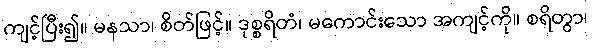
ကျင့်ပြီး၍။ မနသာ၊ စိတ်ဖြင့်။ ဒုစ္စရိတံ၊ မကောင်းသော အကျင့်ကို။ စရိတွာ၊